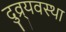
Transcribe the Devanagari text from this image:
दुव्र्यवस्था